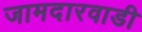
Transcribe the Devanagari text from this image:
जामदारवाडी